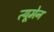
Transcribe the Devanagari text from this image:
त्यूमेन